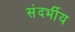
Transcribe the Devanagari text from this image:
संदर्भीय